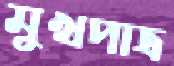
মুখপাত্র